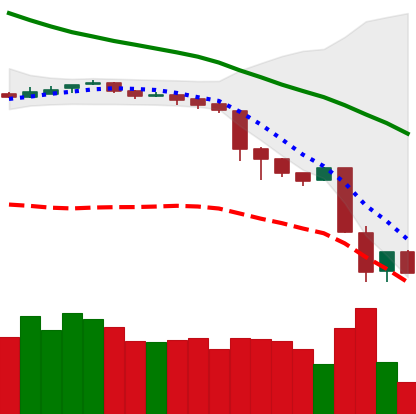
Ticker: BNB-USD
Chart end date: 2018-11-22
Forward return: -14.638%
Label: down_7plus